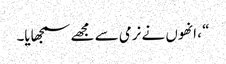
“ ، انھوں نے نرمی سے مجھے سمجھایا۔